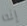
إنه